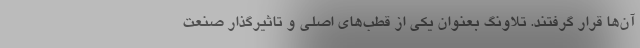
آن‌ها قرار گرفتند. تلاونگ بعنوان یکی از قطب‌های اصلی و تاثیرگذار صنعت